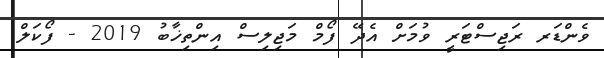
ވެންޑަރ ރަޖިސްޓަރީ ވުމަށް އެދޭ ފޯމް މަޖިލިސް އިންތިޚާބު 2019 - ފޯކަލް